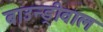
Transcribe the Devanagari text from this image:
बाउन्ड्रीवाल